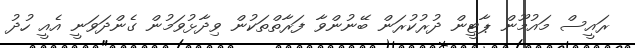
ރައީސް މައުމޫން ޕާޓީން ދުރުކުރަން ބޭނުންވާ ފަރާތްތަކުން ވިދާޅުވަމުން ގެންދަވަނީ އެއީ ހުދު